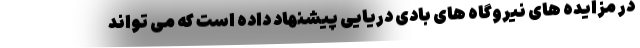
در مزایده های نیروگاه های بادی دریایی پیشنهاد داده است که می تواند